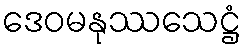
ဒေဝမနုဿသေဋ္ဌံ